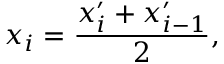
x _ { i } = \frac { x _ { i } ^ { \prime } + x _ { i - 1 } ^ { \prime } } { 2 } ,